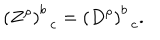
LaTeX: \left( Z ^ { \rho } \right) _ { \; \; c } ^ { b } = \left( D ^ { \rho } \right) _ { \; \; c } ^ { b } .